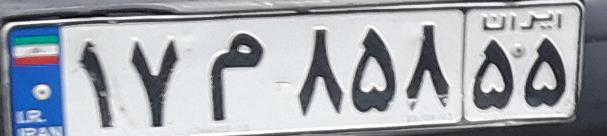
۱۷م۸۵۸۵۵